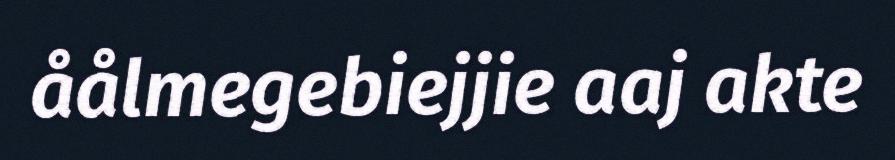
åålmegebiejjie aaj akte